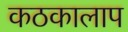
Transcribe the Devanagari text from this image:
कठकालाप